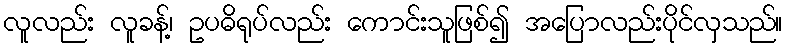
လူလည်း လူခန့်၊ ဥပဓိရုပ်လည်း ကောင်းသူဖြစ်၍ အပြောလည်းပိုင်လှသည်။